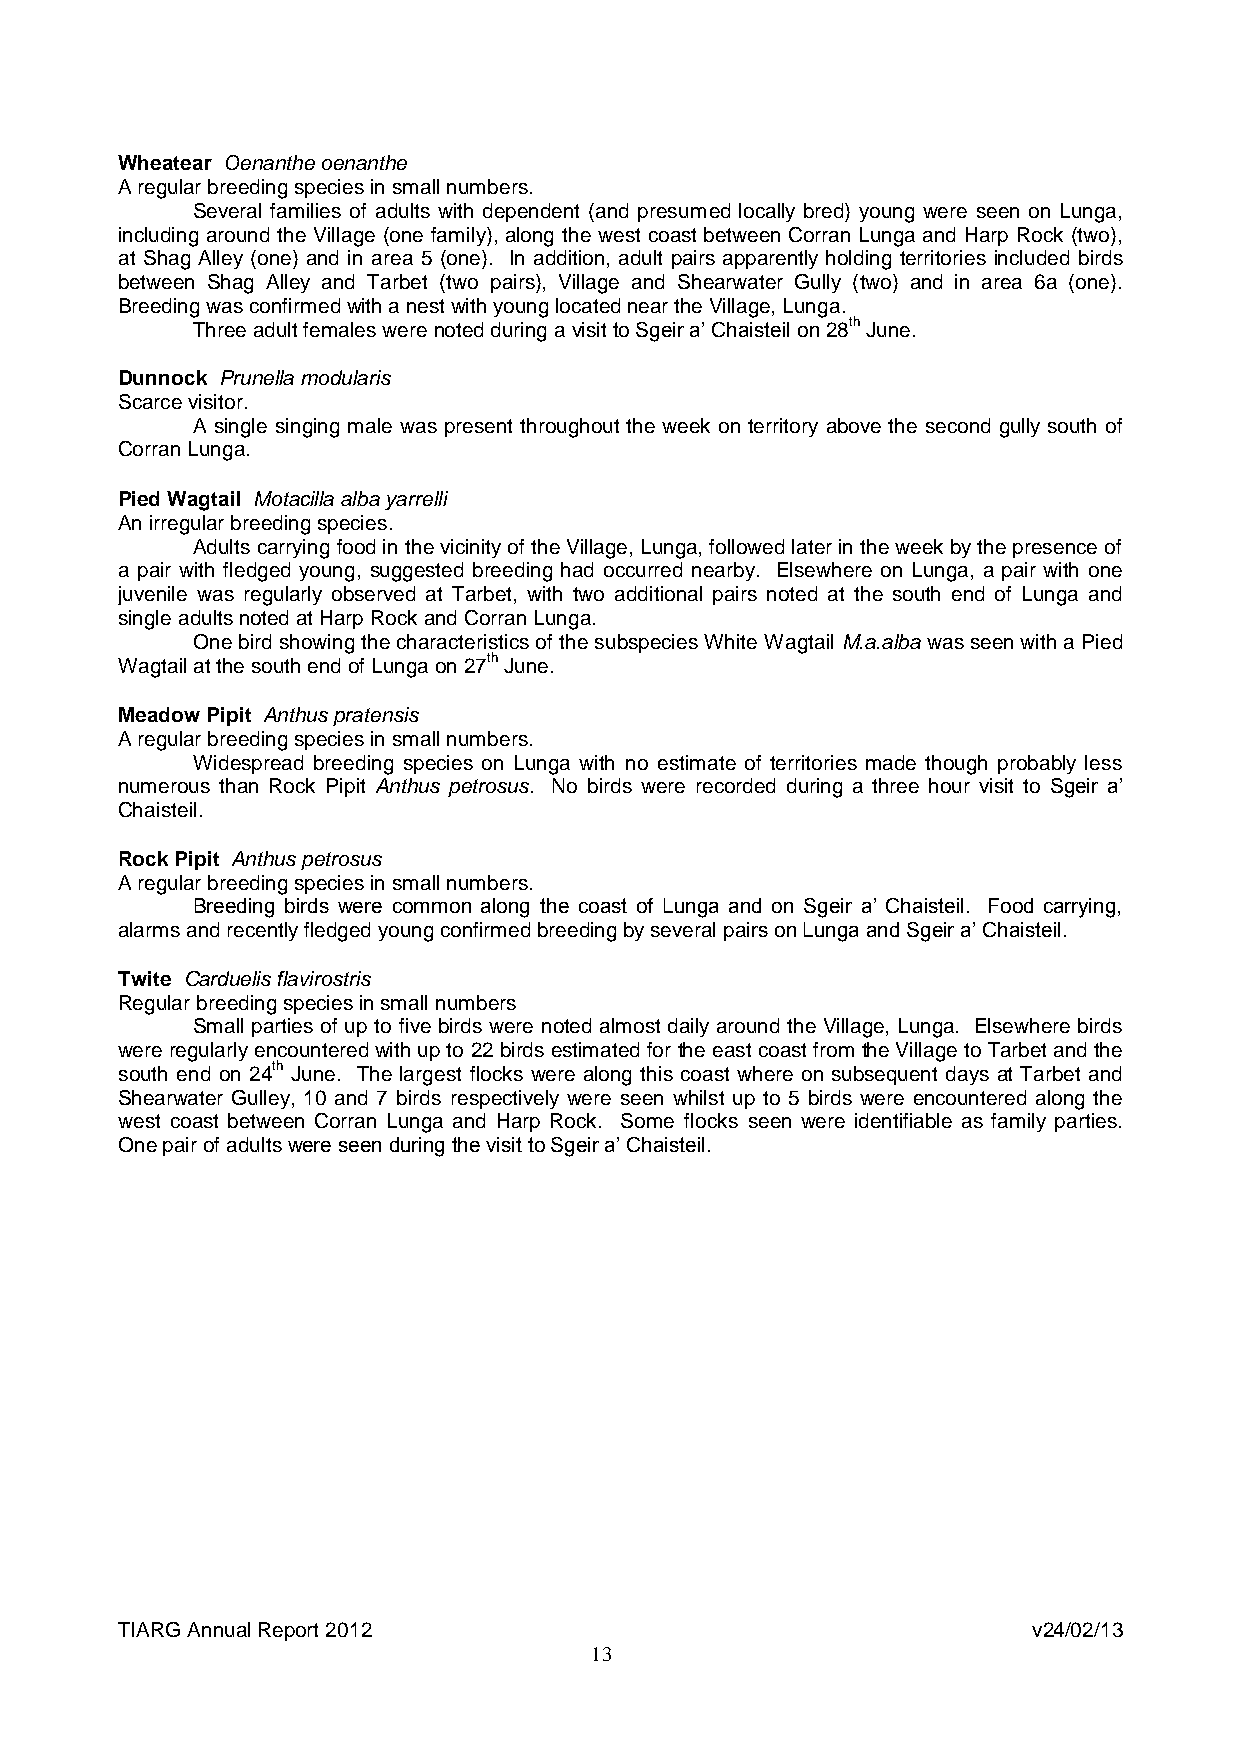
Wheatear Oenanthe oenanthe
 A regular breeding species in small numbers.
 Several families of adults with dependent (and presumed locally bred) young were seen on Lunga,
 including around the Village (one family), along the west coast between Corran Lunga and Harp Rock (two),
 at Shag Alley (one) and in area 5 (one). In addition, adult pairs apparently holding territories included birds
 between Shag Alley and Tarbet (two pairs), Village and Shearwater Gully (two) and in area 6a (one).
 Breeding was confirmed with a nest with young located near the Village, Lunga.
 Three adult females were noted during a visit to Sgeir a’ Chaisteil on 28th June.
 Dunnock Prunella modularis
 Scarce visitor.
 A single singing male was present throughout the week on territory above the second gully south of
 Corran Lunga.
 Pied Wagtail Motacilla alba yarrelli
 An irregular breeding species.
 Adults carrying food in the vicinity of the Village, Lunga, followed later in the week by the presence of
 a pair with fledged young, suggested breeding had occurred nearby. Elsewhere on Lunga, a pair with one
 juvenile was regularly observed at Tarbet, with two additional pairs noted at the south end of Lunga and
 single adults noted at Harp Rock and Corran Lunga.
 One bird showing the characteristics of the subspecies White Wagtail M.a.alba was seen with a Pied
 Wagtail at the south end of Lunga on 27th June.
 Meadow Pipit Anthus pratensis
 A regular breeding species in small numbers.
 Widespread breeding species on Lunga with no estimate of territories made though probably less
 numerous than Rock Pipit Anthus petrosus. No birds were recorded during a three hour visit to Sgeir a’
 Chaisteil.
 Rock Pipit Anthus petrosus
 A regular breeding species in small numbers.
 Breeding birds were common along the coast of Lunga and on Sgeir a’ Chaisteil. Food carrying,
 alarms and recently fledged young confirmed breeding by several pairs on Lunga and Sgeir a’ Chaisteil.
 Twite Carduelis flavirostris
 Regular breeding species in small numbers
 Small parties of up to five birds were noted almost daily around the Village, Lunga. Elsewhere birds
 were regularly encountered with up to 22 birds estimated for the east coast from the Village to Tarbet and the
 south end on 24th June. The largest flocks were along this coast where on subsequent days at Tarbet and
 Shearwater Gulley, 10 and 7 birds respectively were seen whilst up to 5 birds were encountered along the
 west coast between Corran Lunga and Harp Rock. Some flocks seen were identifiable as family parties.
 One pair of adults were seen during the visit to Sgeir a’ Chaisteil.
 TIARG Annual Report 2012                                    v24/02/13
 13